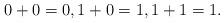
LaTeX: \begin{align*}0+0=0, 1+0=1, 1+1=1. \end{align*}